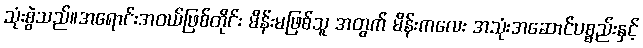
သုံးစွဲသည်။အရောင်းအဝယ်ဖြစ်တိုင်း မိန်းမဖြစ်သူ အတွက် မိန်းကလေး အသုံးအဆောင်ပစ္စည်းနှင့်